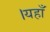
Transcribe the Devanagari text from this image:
।यहाँ